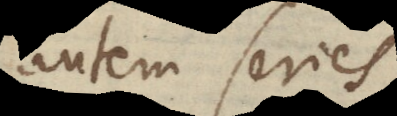
autem series